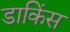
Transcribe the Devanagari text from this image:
डाकिंस